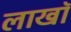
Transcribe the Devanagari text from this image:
लाखॉ